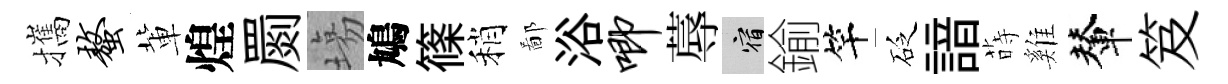
攜螯軰煌罽塲鳩篠稍鄙浴唧蓐宿鍮竿砭諳蒔雞輦笈